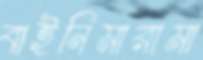
বাইনিমারামা